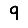
Digit: 9